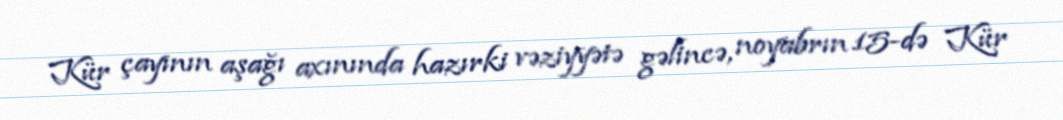
Kür çayının aşağı axınında hazırki vəziyyətə gəlincə, noyabrın 15-də Kür